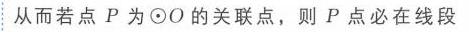
从而若点\(P\)为\(\odot O\)的关联点，则\(P\)点必在线段